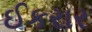
ઈકરાર